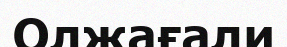
Олжағали